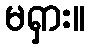
မရှား။